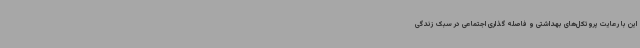
این با رعایت پروتکل‌های بهداشتی و فاصله گذاری اجتماعی در سبک زندگی